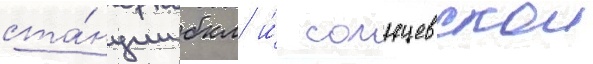
ста́нции бкл и́ солнцевскои